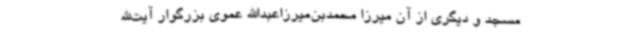
مسجد و دیگری از آن میرزا محمدبن‌میرزاعبداالله عموی بزرگوار آیت‌الله